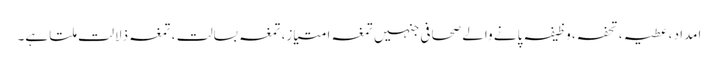
امداد ، عطیہ ، تحفہ، وظیفہ پانے والے صحافی جنہیں تمغہ امتیاز، تمغہ بسالت ، تمغہ ذلالت ملتا ہے۔